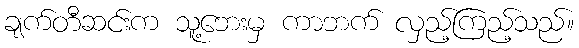
ချက်တီဆင်းက သူ့ဘေးမှ ကာဘက် လှည့်ကြည့်သည်။